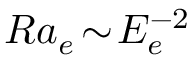
R a _ { e } \! \sim \! E _ { e } ^ { - 2 }